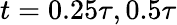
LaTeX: t=0.25\tau,0.5\tau